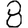
Digit: 8